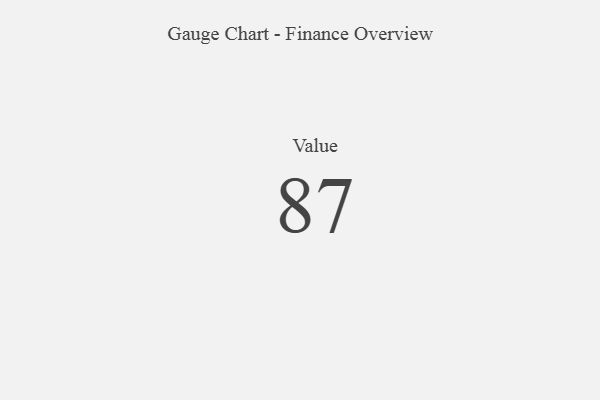
{"axis": {"x": "Metric", "y": "Value"}, "legend": [""], "data": [{"x": "Value", "y": 87, "type": ""}]}